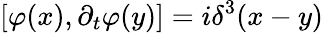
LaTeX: [\varphi(x),\partial_{t}\varphi(y)]=i\delta^{3}(x-y)